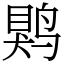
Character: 䴗